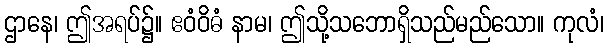
ဌာနေ၊ ဤအရပ်၌။ ဧဝံဝိဓံ နာမ၊ ဤသို့သဘောရှိသည်မည်သော။ ကုလံ၊